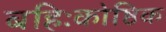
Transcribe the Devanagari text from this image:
बहिःकोष्ठिक